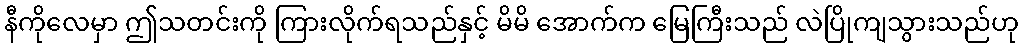
နီကိုလေမှာ ဤသတင်းကို ကြားလိုက်ရသည်နှင့် မိမိ အောက်က မြေကြီးသည် လဲပြိုကျသွားသည်ဟု